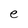
Character: e